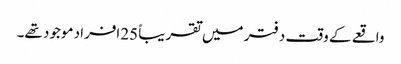
واقعے کے وقت دفتر میں تقریباً 25افراد موجود تھے۔